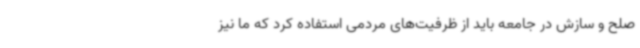
صلح و سازش در جامعه باید از ظرفیت‌های مردمی استفاده کرد که ما نیز